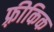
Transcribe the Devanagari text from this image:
फ़्रीकिक